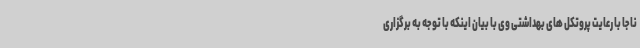
ناجا با رعایت پروتکل های بهداشتی وی با بیان اینکه با توجه به برگزاری